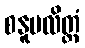
စနူပလိတ္တံ